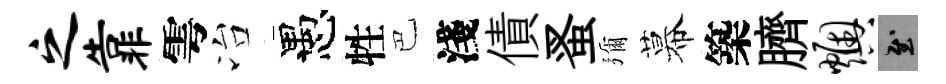
之靠雩冶愚牲巴淺債蚤彌幕築臍燠慰